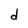
Character: d